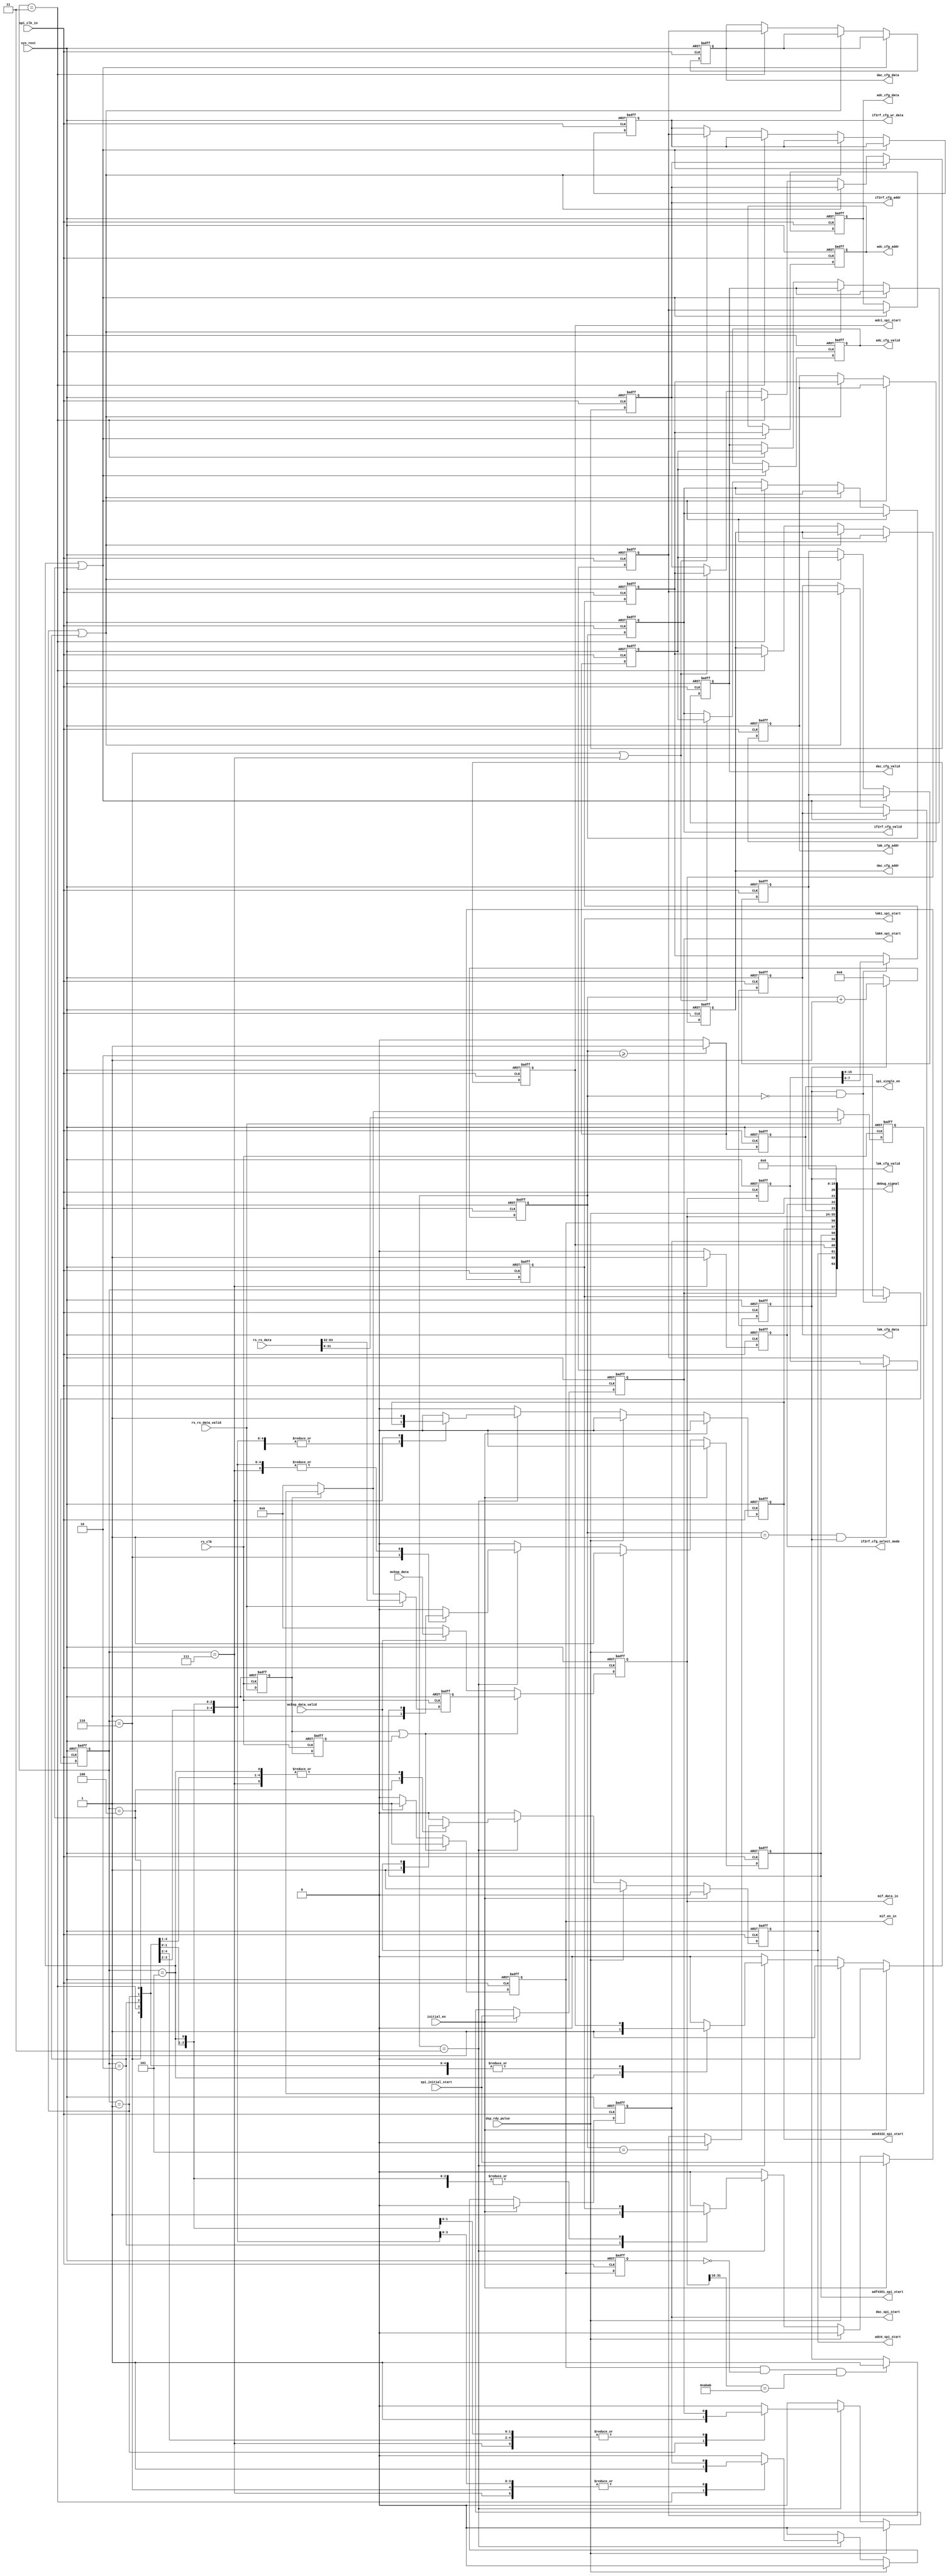
////////////////////////////////////////////////////////////////////////////////
// Company: <Company Name>
//
// Create Date: <date>
// Design Name:
// Moducs Name:
// Target Device: 
// Tool versions: 
// Description:
//    
// Dependencies:
//    <Dependencies here>
// Revision:
//    <Code_revision_information>
// Additional Comments:
//                    mcbsp || urt 
////////////////////////////////////////////////////////////////////////////////
`timescale 1ns / 1ps


module device_wr_process(
// clk/rst
input               spi_clk_in, 
input               sys_rest,
input               rs_clk,
//IN
input                        rs_rx_data_valid,
input [63:0]                 rs_rx_data,     
                             
input [31:0]                 mcbsp_data,
input                        mcbsp_data_valid,
//----------------
input                        dsp_rdy_pulse,
input                        initial_en,
input                        spi_initial_start,
//OUT-----------------------------------------
output reg [31:0]            dac_cfg_data  ,
output reg [7:0]             dac_cfg_addr  ,
output reg                   dac_cfg_valid ,
output reg [31:0]            adc_cfg_data  ,   
output reg [7:0]             adc_cfg_addr  ,   
output reg                   adc_cfg_valid ,   
output reg [31:0]            if2rf_cfg_wr_data,   
output reg [7:0]             if2rf_cfg_addr   ,   
output reg                   if2rf_cfg_valid  ,   
output reg [31:0]            lmk_cfg_data ,    
output reg [7:0]             lmk_cfg_addr ,    
output reg                   lmk_cfg_valid,       
output reg                   lmk0_spi_start    ,
output reg                   lmk1_spi_start    ,
output reg                   adc0_spi_start    ,
output reg                   adc1_spi_start    ,
output reg                   dac_spi_start     ,
output reg                   adf4351_spi_start ,
output reg                   ads8332_spi_start ,
output reg                   if2rf_cfg_select_mode,
output reg                   spi_single_en,

output  [31:0]               mif_data_in,
output                       mif_en_in,

output [63:0]                debug_signal	    
);

//////////////////////////////////////////////////////////////////////////////////
//// signal declaration ////
reg                   rs_rx_data_valid_dl;
reg                   rs_rx_data_valid_dl2;
reg [31:0]            rs_rx_data_l;
reg [31:0]            rs_fifo_wr_data;
reg                   rs_fifo_write;
//reg                   rs_fifo_rd_en;
//wire [31:0]            fifo_data_out;

//wire                  fifo_empty;
//reg [2:0]             rs_rd_stat_cnt;
reg [5:0]             rs_unpack_en_cnt;
reg                   rs_rx_data_unpack_en;
//reg                   rs_fifo_rd_en_dl;
reg [31:0]            cfg_data_dl;
reg [31:0]            cfg_data;
reg                   cfg_data_valid;
reg [7:0]             if_config_addr;
reg [7:0]             cfg_select;

reg [31:0]            if_config_data;
reg                   if_config_data_rdy;
reg                   cfg_data_valid_dl;



//////////////////////////////////////////////////////////////////////////////////
//// signal assignment ////
  assign mif_data_in  = cfg_data;
  assign mif_en_in    = cfg_data_valid;




//////////////////////////////////////////////////////////////////////////////////
////(*) PC - RS - FPGA  
//-----------------------------------------
always@(posedge rs_clk or posedge sys_rest)
begin    
	if(sys_rest)begin
		rs_rx_data_valid_dl   <= 1'd0;
		rs_rx_data_valid_dl2  <= 1'd0;
	end
	else begin
		rs_rx_data_valid_dl  <= rs_rx_data_valid;
		rs_rx_data_valid_dl2 <= rs_rx_data_valid_dl;
	end
end
//------------------------------	  
always@(posedge rs_clk or posedge sys_rest)
begin    
	if(sys_rest)
	   rs_rx_data_l <= 32'd0;
	else if(rs_rx_data_valid)
	   rs_rx_data_l <= rs_rx_data[31:0];
	else if(!rs_rx_data_valid_dl)
	   rs_rx_data_l <= 32'd0;
	else
	   rs_rx_data_l <= rs_rx_data_l;
end		
//-----------------------------------------			
always@(posedge rs_clk or posedge sys_rest)
begin    
	if(sys_rest)
	  rs_fifo_wr_data <= 32'd0;
	else if(rs_rx_data_valid)
	   rs_fifo_wr_data <= rs_rx_data[63:32];
	else if(rs_rx_data_valid_dl)
	   rs_fifo_wr_data <= rs_rx_data_l;
	else
	  rs_fifo_wr_data <= 32'd0;
end	

always@(*)
begin
	 rs_fifo_write =   rs_rx_data_valid_dl|rs_rx_data_valid_dl2;
end 
////------------------------------------	
//always@(posedge spi_clk_in or posedge sys_rest)
//begin
//	    if(sys_rest)
//	      rs_rd_stat_cnt <= 3'd0;
//	    else if(!fifo_empty)
//	      rs_rd_stat_cnt <= rs_rd_stat_cnt + 1'd1;
//	    else
//	      rs_rd_stat_cnt <= 3'd0;
//end
////-----------------------------------------	
//always@(posedge spi_clk_in or posedge sys_rest)
//begin
//	    if(sys_rest)
//	      rs_fifo_rd_en <= 1'd0;
//      else if(rs_rd_stat_cnt > 3'd2)
//	      rs_fifo_rd_en <= ~fifo_empty;
//	    else
//	      rs_fifo_rd_en <= 1'd0;
//end
//////////////////////////////////////////////////////////////////////////////////
////(*-1)  		
//fifo_32x512  U_urt2fpga_fifo(
//  .rst           (sys_rest       ),
//  .wr_clk        (rs_clk         ),           //7.832....7.832fifo 2015/10/13 16:52:38
//  .rd_clk        (spi_clk_in     ),           //10mhz fpga
//  .din           (rs_fifo_wr_data),
//  .wr_en         (rs_fifo_write  ),
//  .rd_en         (rs_fifo_rd_en  ),
//  .dout          (fifo_data_out  ),
//  .full          (fifo_full      ),
//  .empty         (fifo_empty     )
//);	 
//-----------------------------------------		 	
always@(posedge spi_clk_in or posedge sys_rest)
begin  
	   if(sys_rest)
	     rs_unpack_en_cnt <= 6'd0;
	   else if(rs_rx_data_unpack_en)
	     rs_unpack_en_cnt <= rs_unpack_en_cnt + 1'd1;
	   else
	     rs_unpack_en_cnt <= 6'd0;
end

//-----------------------------------------		 	
always@(posedge spi_clk_in or posedge sys_rest)
begin  
	   if(sys_rest)
	     cfg_data_valid_dl <= 1'd0;
	   else 
	     cfg_data_valid_dl <= cfg_data_valid;
end
//------------------------------------------
always@(posedge spi_clk_in or posedge sys_rest)
begin    
	     if(sys_rest)
	        rs_rx_data_unpack_en <= 2'd0;
	     else if(rs_unpack_en_cnt == 6'd5)
	        rs_rx_data_unpack_en <= 2'd0;
	 //    else if((cfg_data_valid && !cfg_data_valid_dl)&& cfg_data[15:0] != 16'hFFFF)
	     else if((cfg_data_valid && !cfg_data_valid_dl)&& cfg_data[31:16] == 16'hABAB)
	        rs_rx_data_unpack_en <=  1'd1;
	     else 
	        rs_rx_data_unpack_en <= rs_rx_data_unpack_en;
end	    
/////////////////////////////////////////////////////////////
//DL
always@(posedge spi_clk_in or posedge sys_rest)
begin 
       if(sys_rest)begin
          cfg_data_dl      <= 32'd0;
//          rs_fifo_rd_en_dl2 <= 1'd0;
       end
       else begin      
//       	  rs_fifo_rd_en_dl2 <= rs_fifo_rd_en_dl;
          cfg_data_dl       <= cfg_data;                 
       end          
end
//-----------
//reg rs_fifo_rd_en_dl2;
//always@(posedge spi_clk_in or posedge sys_rest)
//begin 
//       if(sys_rest)
//          rs_fifo_rd_en_dl <= 1'd0;         
//       else if(rs_fifo_rd_en)
//          rs_fifo_rd_en_dl <= 1'd1;          
//       else
//          rs_fifo_rd_en_dl <= 1'd0;                      
//end

//////////////////////////////////////////////////////////////
//-----mcbsp || urt dsp
always@(posedge spi_clk_in or posedge sys_rest)
begin 
       if(sys_rest)begin
          cfg_data       <= 32'd0;
          cfg_data_valid <= 1'd0;
       end
//       else if(rs_fifo_rd_en_dl)begin
//          cfg_data       <= fifo_data_out;
//          cfg_data_valid <= rs_fifo_rd_en_dl;    //2015/10/13 16:57:21
//       end       
       else if(rs_fifo_write)begin
          cfg_data       <= rs_fifo_wr_data;
          cfg_data_valid <= rs_fifo_write;
       end         
       else if(mcbsp_data_valid)begin
          cfg_data       <= mcbsp_data;
          cfg_data_valid <= mcbsp_data_valid;
       end         	   
       else begin
          cfg_data       <= 32'd0;
          cfg_data_valid <= 1'd0;
       end   
end
////////////////////////////////////////////////////////////////////////////////////
////(1-2) DSP
//
//AD0                 1
//AD1                 2
//DA                  3
//LMK0                4
//LMK1                5
//ADF4351             6
//ADS8332         7
always@(negedge spi_clk_in or posedge sys_rest)
begin
  if (sys_rest)
     if_config_addr[7:0]    <= 32'd0;
  else if(rs_rx_data_unpack_en && rs_unpack_en_cnt == 6'd0)
     if_config_addr <= cfg_data_dl[7:0];
  else
     if_config_addr[7:0]  <= if_config_addr[7:0];
  end 
//////////////////////////////////////////////////////////////////////////////////
////(1-3)  
always@(posedge spi_clk_in or posedge sys_rest)begin
  if (sys_rest)
     cfg_select <= 8'd0;
 else if(rs_unpack_en_cnt == 8'd0 && rs_rx_data_unpack_en)
  //	 cfg_select <= cfg_data_dl[21:16];    
  	 cfg_select <= cfg_data_dl[15:8];    	 
 else
     cfg_select <= cfg_select;
  end 
//////////////////////////////////////////////////////////////////////////////////
////(1-3-1)  
always@(posedge spi_clk_in or posedge sys_rest)begin
  if (sys_rest)begin
  	dac_cfg_data     <= 31'd0;    
    dac_cfg_addr     <= 8'd0;       
    dac_cfg_valid    <= 1'd0;       
    //------------------
    adc_cfg_data     <= 31'd0; 
    adc_cfg_addr     <= 8'd0;  
    adc_cfg_valid    <= 1'd0;    
    //------------------
    if2rf_cfg_wr_data   <= 31'd0;
    if2rf_cfg_addr      <= 8'd0; 
    if2rf_cfg_valid     <= 1'd0;    
    //------------------
    lmk_cfg_data     <= 31'd0; 
    lmk_cfg_addr     <= 8'd0;   
    lmk_cfg_valid    <= 1'd0;  
    //--------------------------    
  end
  else if(cfg_select == 8'd5 || cfg_select == 8'd4)begin
    adc_cfg_data     <= if_config_data;      
    adc_cfg_addr     <= if_config_addr;           
    adc_cfg_valid    <= if_config_data_rdy;  
  end
  else if(cfg_select == 8'd1 || cfg_select == 8'd2) begin   
    lmk_cfg_data     <= if_config_data;         	
    lmk_cfg_addr     <= if_config_addr;         	      	
    lmk_cfg_valid    <= if_config_data_rdy;    
  end	 
  else if(cfg_select == 8'd3) begin
  	dac_cfg_data     <= if_config_data;         
    dac_cfg_addr     <= if_config_addr;                  
    dac_cfg_valid    <= if_config_data_rdy;       

  end
  else if(cfg_select == 8'd6 || cfg_select == 8'd7) begin
    if2rf_cfg_wr_data   <= if_config_data;      
    if2rf_cfg_addr      <= if_config_addr;                
    if2rf_cfg_valid     <= if_config_data_rdy;            
  end
  else begin
    dac_cfg_data     <= dac_cfg_data   ; 
    dac_cfg_addr     <= dac_cfg_addr   ; 
    dac_cfg_valid    <= dac_cfg_valid  ;   
    //------------------   //--------------- 
    adc_cfg_data     <= adc_cfg_data   ;
    adc_cfg_addr     <= adc_cfg_addr   ;
    adc_cfg_valid    <= adc_cfg_valid  ;
    //------------------   //--------------- 
    if2rf_cfg_wr_data   <= if2rf_cfg_wr_data ;  
    if2rf_cfg_addr      <= if2rf_cfg_addr    ;  
    if2rf_cfg_valid     <= if2rf_cfg_valid   ;       
  end  	
end
//////////////////////////////////////////////////////////////////////////////////
////(1-7)
always@(posedge spi_clk_in or posedge sys_rest)begin
  if (sys_rest)
     if_config_data                  <= 32'd0;      
  else if(rs_unpack_en_cnt == 6'd1 && rs_rx_data_unpack_en)
     if_config_data                  <= cfg_data_dl;
  else
     if_config_data                  <= if_config_data;
end	

//////////////////////////////////////////////////////////////////////////////////
////(1-8)
always@(posedge spi_clk_in or posedge sys_rest)begin
  if (sys_rest)
     if_config_data_rdy                  <= 1'd0;
  else if(rs_unpack_en_cnt >= 6'd2)
     if_config_data_rdy                  <= 1'd1;    
  else
     if_config_data_rdy                  <= 1'd0;
end	  
//////////////////////////////////////////////////////////////////////////////////
////(3) spi start
always@(posedge spi_clk_in or posedge sys_rest)begin
    if (sys_rest)begin
      lmk0_spi_start    <= 1'd0;
      lmk1_spi_start    <= 1'd0;
      adc0_spi_start    <= 1'd0;
      adc1_spi_start    <= 1'd0;
      dac_spi_start     <= 1'd0;
      adf4351_spi_start <= 1'd0;
      ads8332_spi_start <= 1'd0;
    end
    else if(initial_en)begin
      lmk0_spi_start <= spi_initial_start;
      lmk1_spi_start <= spi_initial_start; 
      adc0_spi_start <= 1'd0;
      adc1_spi_start <= 1'd0;
      dac_spi_start  <= 1'd0;
      adf4351_spi_start <= 1'd0;
      ads8332_spi_start <= 1'd0;
    end
    else if(dsp_rdy_pulse)begin 
    	lmk0_spi_start <= 1'd0;
      lmk1_spi_start <= 1'd0; 
      adc0_spi_start <= 1'd1;
      adc1_spi_start <= 1'd1;
      dac_spi_start  <= 1'd0;
      adf4351_spi_start <= 1'd1;
      ads8332_spi_start <= 1'd0;
    end     	
   else if(rs_unpack_en_cnt == 6'd3 ) begin        
    	case(cfg_select)
    //	6'd1:begin
    //		adc0_spi_start <= 1'd1;
    //	end
    //	6'd2:begin
    //		adc1_spi_start <= 1'd1;
    //	end  
    //	6'd3:begin
    //		dac_spi_start <= 1'd1;
    //	end   	
    //	6'd4:begin
    //		lmk0_spi_start <= 1'd1;
    //	end 
    //	6'd5:begin
    //		lmk1_spi_start <= 1'd1;
    //	end    	
    //	6'd6:begin
    //		adf4351_spi_start <= 1'd1;
    //	end      	
    //	6'd7:begin
    //		ads8332_spi_start <= 1'd1;
    //	end
    	 6'd1:begin                       
		     lmk0_spi_start <= 1'd1;        
	     end                              
	     6'd2:begin   
	     	 lmk1_spi_start <= 1'd1;                    	     	       
	     end                              
	     6'd3:begin  
	       dac_spi_start <= 1'd1;                     	     	        
	     end   	                         
	     6'd4:begin                       
	       adc0_spi_start <= 1'd1;   	  
	     end                              
	     6'd5:begin                       
	     	 adc1_spi_start <= 1'd1;          
	     end    	                         
	     6'd6:begin                       
	     	adf4351_spi_start <= 1'd1;     
	     end      	                       
	     6'd7:begin                       
	     	ads8332_spi_start <= 1'd1;     
	     end                              
    
     default:   begin
      lmk0_spi_start <= 1'd0;
      lmk1_spi_start <= 1'd0;
      adc0_spi_start <= 1'd0;
      adc1_spi_start <= 1'd0;
      dac_spi_start  <= 1'd0;
      adf4351_spi_start <= 1'd0;
      ads8332_spi_start <= 1'd0;     	
     end
    endcase
	 end
   else begin
     lmk0_spi_start       <= 1'd0;
     lmk1_spi_start       <= 1'd0;
     adc0_spi_start       <= 1'd0;
     adc1_spi_start       <= 1'd0;
     dac_spi_start        <= 1'd0;
     adf4351_spi_start    <= 1'd0;
     ads8332_spi_start    <= 1'd0;
   end
end     	
//////////////////////////////////////////////////////////////////////////////////
////(4)  RF spi select mode
always@(posedge spi_clk_in or posedge sys_rest)
begin
    if (sys_rest)
       if2rf_cfg_select_mode <= 3'd0;
    else if(cfg_select == 8'd7)    //8332
       if2rf_cfg_select_mode <= 3'd1;
    else 
       if2rf_cfg_select_mode <= 3'd0; //4351
end

//////////////////////////////////////////////////////////////////////////////////
////(5)  SPI single  SPI
always@(posedge spi_clk_in or posedge sys_rest)
begin
    if (sys_rest)
       spi_single_en <= 1'd0;
    else if(rs_unpack_en_cnt >= 6'd2 )
       spi_single_en <= 1'd1;
    else 
       spi_single_en <= 1'd0;
end







//////////////////////////////////////////////////////////////////////////////////
//// debug signal ////
assign  debug_signal             = {lmk0_spi_start   ,
                                    lmk1_spi_start   ,
                                    adc0_spi_start   ,
                                    adc1_spi_start   ,
                                    dac_spi_start    ,
                                    adf4351_spi_start,
                                    ads8332_spi_start,                                        
                                    //7
                               //     rs_fifo_rd_en_dl, 
                                    cfg_data_valid,
                                    cfg_data[31:0],  //41
                                    spi_single_en,   //42 
                                    if2rf_cfg_select_mode ,//43
                                    dsp_rdy_pulse ,        // 44     
                                 //   fifo_full,     
                                 //   fifo_empty,    
                                    rs_rx_data_unpack_en,    
                                    20'd0                                                                  
                                    };  










//////////////////////////////////////////////////////////////////////////////////
//////////////////////////////////////////////////////////////////////////////////
//////////////////////////////////////////////////////////////////////////////////
endmodule